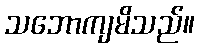
သဘောကျမိသည်။